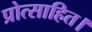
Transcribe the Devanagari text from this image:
प्रोत्साहित।